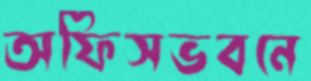
অফিসভবনে